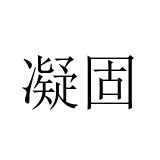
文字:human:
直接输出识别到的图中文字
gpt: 凝固